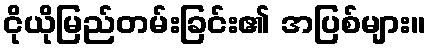
ငိုယိုမြည်တမ်းခြင်း၏ အပြစ်များ။